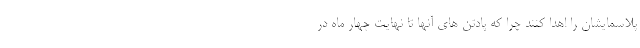
پلاسمایشان را اهدا کنند چرا که پادتن های آنها تا نهایت چهار ماه در